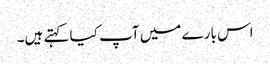
اس بارے میں آپ کیا کہتے ہیں۔